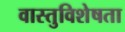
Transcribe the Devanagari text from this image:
वास्तुविशेषता